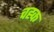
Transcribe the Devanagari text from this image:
चह्क